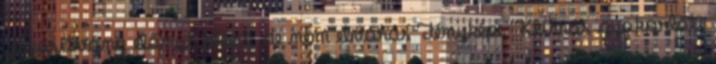
jogosítvány előnyt jelent, de nem elvárás Fényképe. Klímás gyakorlati